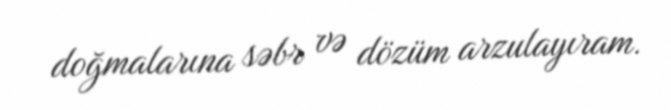
doğmalarına səbr və dözüm arzulayıram.